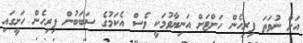
އަށް ނުވަތަ ފިރިހެން ހަށްޓަށް އަނިޔާވުމަކީ ވެސް އެކަމުގެ ސަބަބުން ފިރިހެން ހަށީގައި